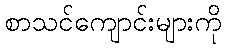
စာသင်ကျောင်းများကို